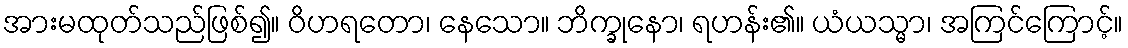
အားမထုတ်သည်ဖြစ်၍။ ဝိဟရတော၊ နေသော။ ဘိက္ခုနော၊ ရဟန်း၏။ ယံယသ္မာ၊ အကြင်ကြောင့်။